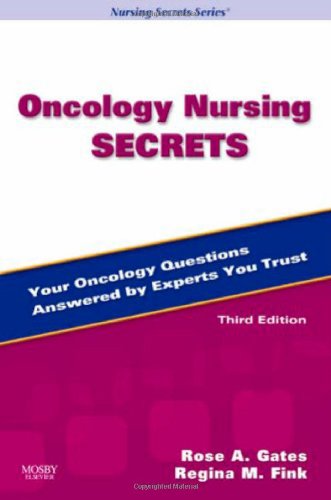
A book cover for Oncology Nursing Secrets, 3e; Rose A. Gates RN  MSN  CNS  NP  PhD(c); Medical Books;